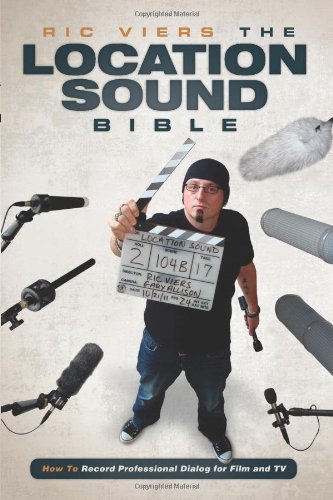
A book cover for The Location Sound Bible: How to Record Professional Dialog for Film and TV; Ric Viers; Humor & Entertainment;